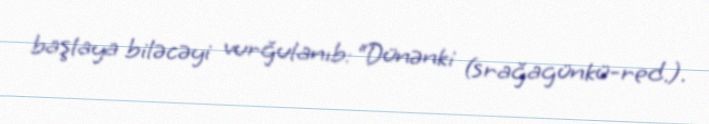
başlaya biləcəyi vurğulanıb: “Dünənki (srağagünkü-red.).